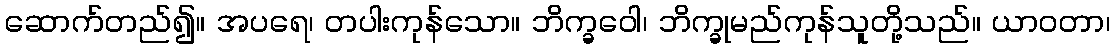
ဆောက်တည်၍။ အပရေ၊ တပါးကုန်သော။ ဘိက္ခဝေါ၊ ဘိက္ခုမည်ကုန်သူတို့သည်။ ယာဝတာ၊